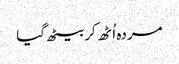
مردہ اُٹھ کر بیٹھ گیا